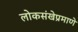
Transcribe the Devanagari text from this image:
लोकसंखेप्रमाणे